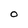
Character: 0